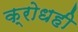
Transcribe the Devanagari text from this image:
क्रोधही